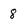
Character: 8